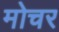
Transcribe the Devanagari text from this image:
मोचर